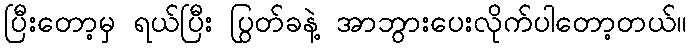
ပြီးတော့မှ ရယ်ပြီး ပြွတ်ခနဲ့ အာဘွားပေးလိုက်ပါတော့တယ်။